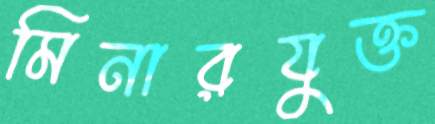
মিনারযুক্ত